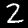
Digit: 2